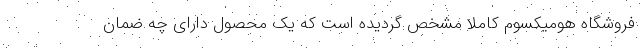
فروشگاه هومیکسوم کاملاً مشخص گردیده است که یک محصول دارای چه ضمان